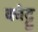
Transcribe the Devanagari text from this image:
कोट्टु